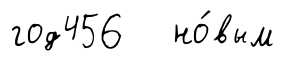
год456 но́вым